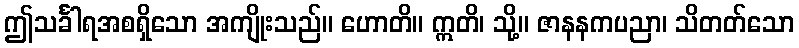
ဤသင်္ခါရအစရှိသော အကျိုးသည်။ ဟောတိ။ ဣတိ၊ သို့။ ဇာနနကပညာ၊ သိတတ်သော